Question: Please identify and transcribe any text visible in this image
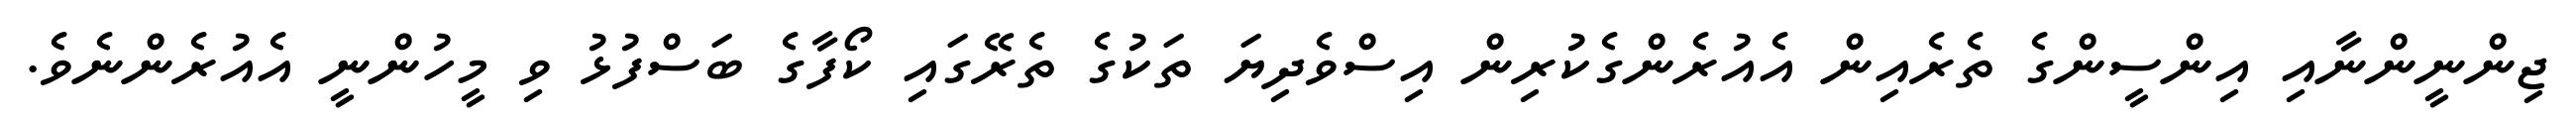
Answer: ޖިންނީންނާއި އިންސީންގެ ތެރެއިން އެއުރެންގެކުރިން އިސްވެދިޔަ ތަކުގެ ތެރޭގައި ކޯފާގެ ބަސްފުޅު ވި މީހުންނީ އެއުރެންނެވެ.